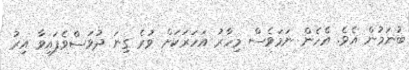
ބުނަމުން އެވެ. އެހެން ނަމަވެސް މިހާރު އަހަރަކަށް ވުރެ ގިނަ ދުވަސްވެފައިވާ އިރު